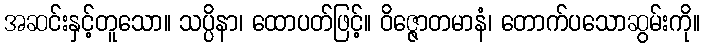
အဆင်းနှင့်တူသော။ သပ္ပိနာ၊ ထောပတ်ဖြင့်။ ဝိဇ္ဇောတမာနံ၊ တောက်ပသောဆွမ်းကို။